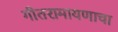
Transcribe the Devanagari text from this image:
गीतरामायणाचा